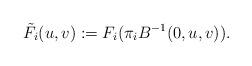
LaTeX: \begin{align*}\tilde F_{i}(u,v) := F_{i}(\pi_i B^{-1}(0,u,v)).\end{align*}